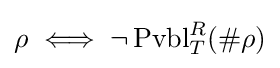
\rho \iff \neg \operatorname {Pvbl} _{T}^{R}(\#\rho )